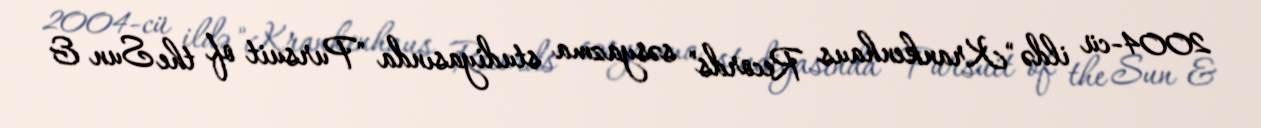
2004-cü ildə "Krankenhaus Records" səsyazma studiyasında "Pursuit of the Sun &